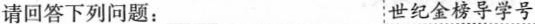
请回答下列问题： 世纪金榜导学号